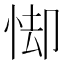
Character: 𪫸